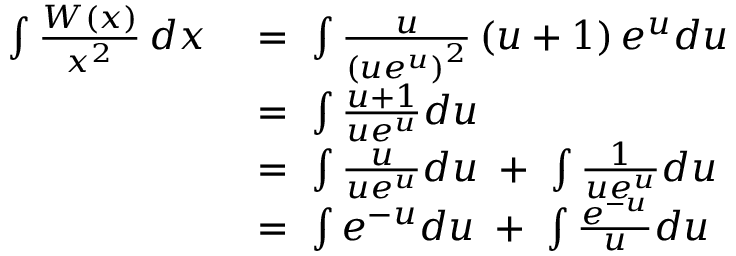
{ \begin{array} { r l } { \int { \frac { W ( x ) } { x ^ { 2 } } } \, d x \; } & { = \; \int { \frac { u } { \left( u e ^ { u } \right) ^ { 2 } } } \left( u + 1 \right) e ^ { u } d u } \\ & { = \; \int { \frac { u + 1 } { u e ^ { u } } } d u } \\ & { = \; \int { \frac { u } { u e ^ { u } } } d u \; + \; \int { \frac { 1 } { u e ^ { u } } } d u } \\ & { = \; \int e ^ { - u } d u \; + \; \int { \frac { e ^ { - u } } { u } } d u } \end{array} }